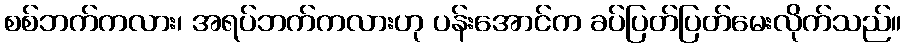
စစ်ဘက်ကလား၊ အရပ်ဘက်ကလားဟု ပန်းအောင်က ခပ်ပြတ်ပြတ်မေးလိုက်သည်။